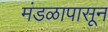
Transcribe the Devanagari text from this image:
मंडळापासून